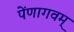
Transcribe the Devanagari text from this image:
पेंणागवम्